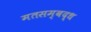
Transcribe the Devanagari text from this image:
मतसम्बद्ध